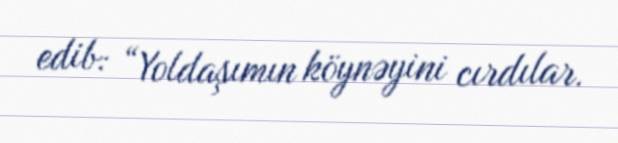
edib: “Yoldaşımın köynəyini cırdılar.